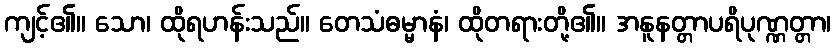
ကျင့်၏။ သော၊ ထိုရဟန်းသည်။ တေသံဓမ္မာနံ၊ ထိုတရားတို့၏။ အနူနတ္တာပရိပုဏ္ဏတ္တာ၊